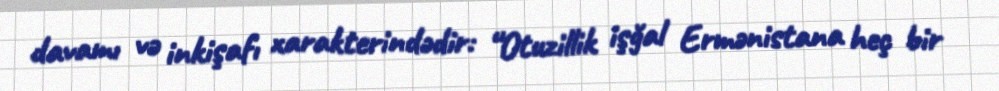
davamı və inkişafı xarakterindədir: “Otuzillik işğal Ermənistana heç bir